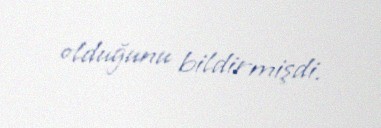
olduğunu bildirmişdi.